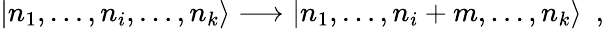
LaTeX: |n_{1},\dots,n_{i},\dots,n_{k}\rangle\longrightarrow|n_{1},\dots,n_{i}+m,\dots,n_{k}\rangle\, \, \, ,